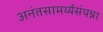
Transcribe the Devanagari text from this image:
अनंतसामर्थ्यसंपन्ना